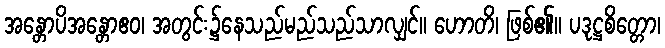
အန္တောပိအန္တောဧဝ၊ အတွင်း၌နေသည်မည်သည်သာလျှင်။ ဟောတိ၊ ဖြစ်၏။ ပဒုဋ္ဌစိတ္တော၊